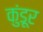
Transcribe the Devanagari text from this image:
कुंडूर